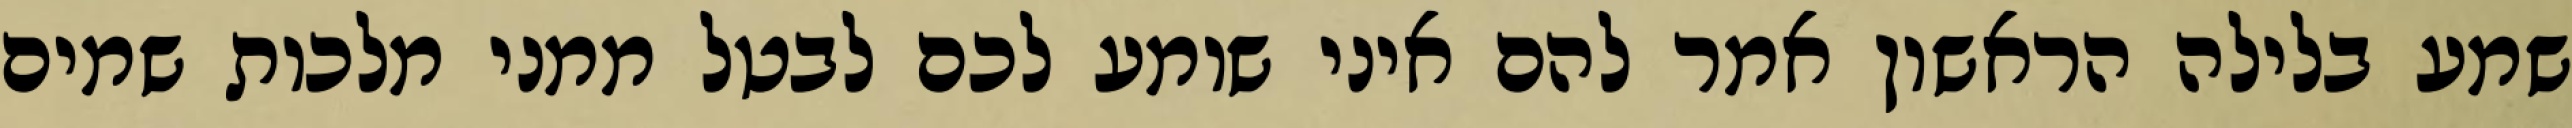
שמע בלילה הראשון אמר להם איני שומע לכם לבטל ממני מלכות שמים